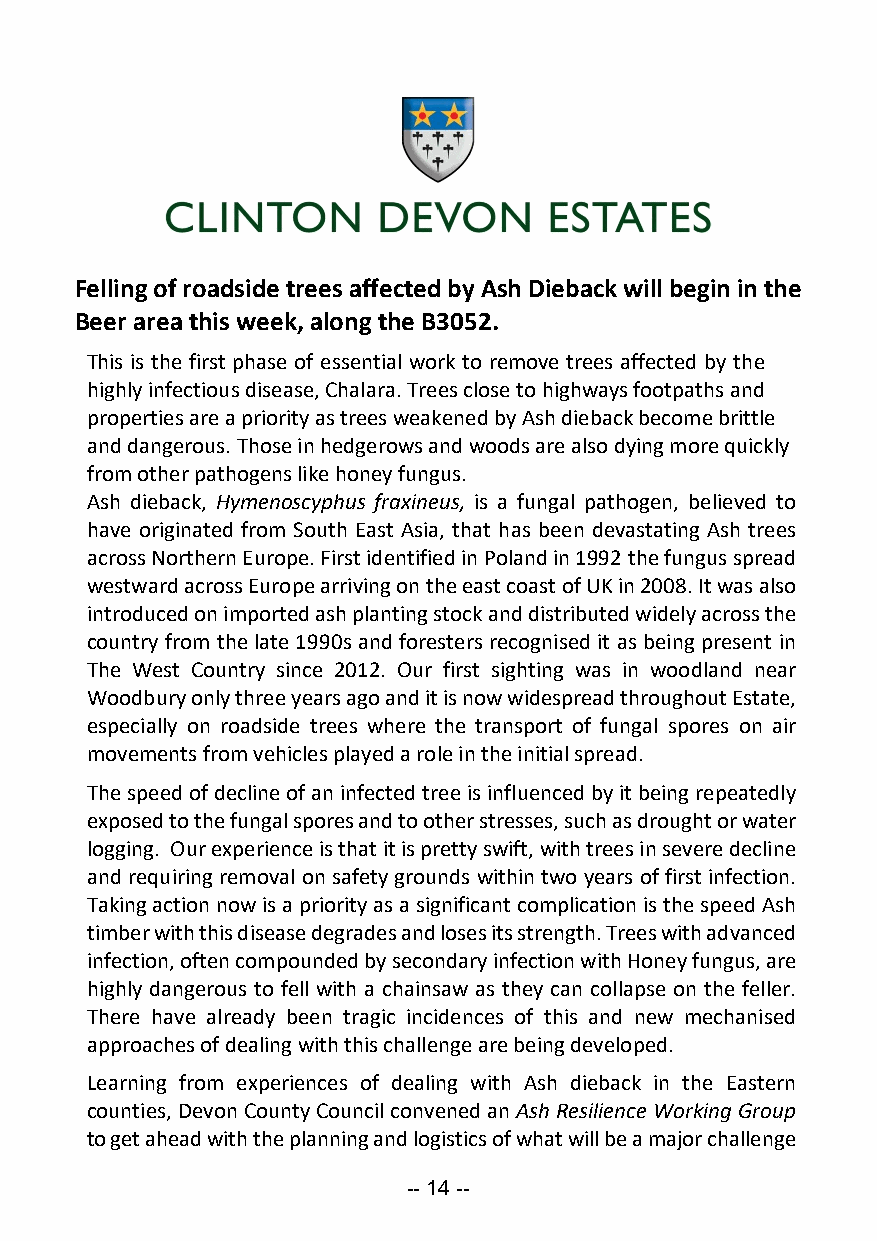
Felling of roadside trees affected by Ash Dieback will begin in the
 Beer area this week, along the B3052.
 This is the first phase of essential work to remove trees affected by the
 highly infectious disease, Chalara. Trees close to highways footpaths and
 properties are a priority as trees weakened by Ash dieback become brittle
 and dangerous. Those in hedgerows and woods are also dying more quickly
 from other pathogens like honey fungus.
 Ash dieback, Hymenoscyphus fraxineus, is a fungal pathogen, believed to
 have originated from South East Asia, that has been devastating Ash trees
 across Northern Europe. First identified in Poland in 1992 the fungus spread
 westward across Europe arriving on the east coast of UK in 2008. It was also
 introduced on imported ash planting stock and distributed widely across the
 country from the late 1990s and foresters recognised it as being present in
 The West Country since 2012. Our first sighting was in woodland near
 Woodbury only three years ago and it is now widespread throughout Estate,
 especially on roadside trees where the transport of fungal spores on air
 movements from vehicles played a role in the initial spread.
 The speed of decline of an infected tree is influenced by it being repeatedly
 exposed to the fungal spores and to other stresses, such as drought or water
 logging. Our experience is that it is pretty swift, with trees in severe decline
 and requiring removal on safety grounds within two years of first infection.
 Taking action now is a priority as a significant complication is the speed Ash
 timber with this disease degrades and loses its strength. Trees with advanced
 infection, often compounded by secondary infection with Honey fungus, are
 highly dangerous to fell with a chainsaw as they can collapse on the feller.
 There have already been tragic incidences of this and new mechanised
 approaches of dealing with this challenge are being developed.
 Learning from experiences of dealing with Ash dieback in the Eastern
 counties, Devon County Council convened an Ash Resilience Working Group
 to get ahead with the planning and logistics of what will be a major challenge
 -- 14 --